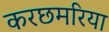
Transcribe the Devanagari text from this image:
करछमरिया